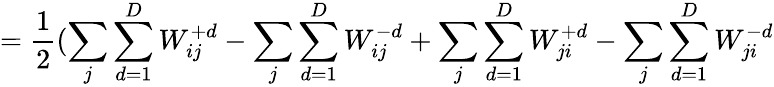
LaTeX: =\frac{1}{2}(\sum_{j}\sum_{d=1}^{D}W_{ij}^{+d}-\sum_{j}\sum_{d=1}^{D}W_{ij}^{-d}+\sum_{j}\sum_{d=1}^{D}W_{ji}^{+d}-\sum_{j}\sum_{d=1}^{D}W_{ji}^{-d}